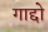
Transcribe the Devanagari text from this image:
गाद्दो